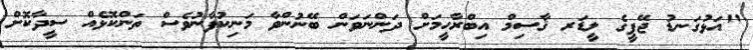
"އަޅުގަނޑު ޖޭޕީގެ ލީޑަރ ޤާސިމް އިބްރާހީމަށް ދަންނަވަން ބޭނުންވާ މަނިކުފާނުވެސް ތަންކޮޅެއް ސީދާކޮށް